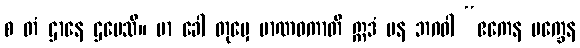
စ တံ ဌာနေ ဌပေသိ။ မာ ခေါ တုမှေ မာဏဝကာတိ ဣဒံ ပန ဘဂဝါ “ဧကေန ပက္ခေန